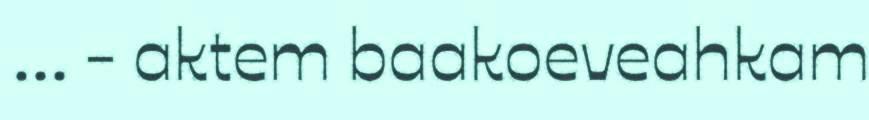
... - aktem baakoeveahkam